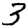
Digit: 3